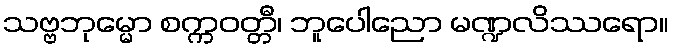
သဗ္ဗဘုမ္မော စက္ကဝတ္တီ၊ ဘူပေါညော မဏ္ဍလိဿရော။